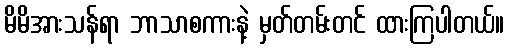
မိမိအားသန်ရာ ဘာသာစကားနဲ့ မှတ်တမ်းတင် ထားကြပါတယ်။